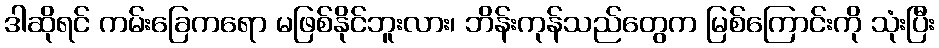
ဒါဆိုရင် ကမ်းခြေကရော မဖြစ်နိုင်ဘူးလား၊ ဘိန်းကုန်သည်တွေက မြစ်ကြောင်းကို သုံးပြီး